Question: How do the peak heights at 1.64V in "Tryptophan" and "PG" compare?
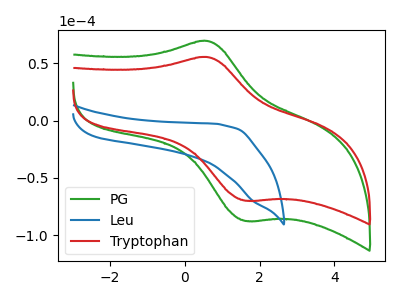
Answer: <think>The green curve "PG" has an anodic peak at (0.60V, 69.50uA) and a cathodic peak at (1.65V, -87.55uA). The blue curve "Leu" has no peaks. The red curve "Tryptophan" has an anodic peak at (0.60V, 55.45uA) and a cathodic peak at (1.65V, -69.85uA).</think>
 <answer>The peak at 1.64V is lower in "Tryptophan" than in "PG".</answer>
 <eval>lower</eval>